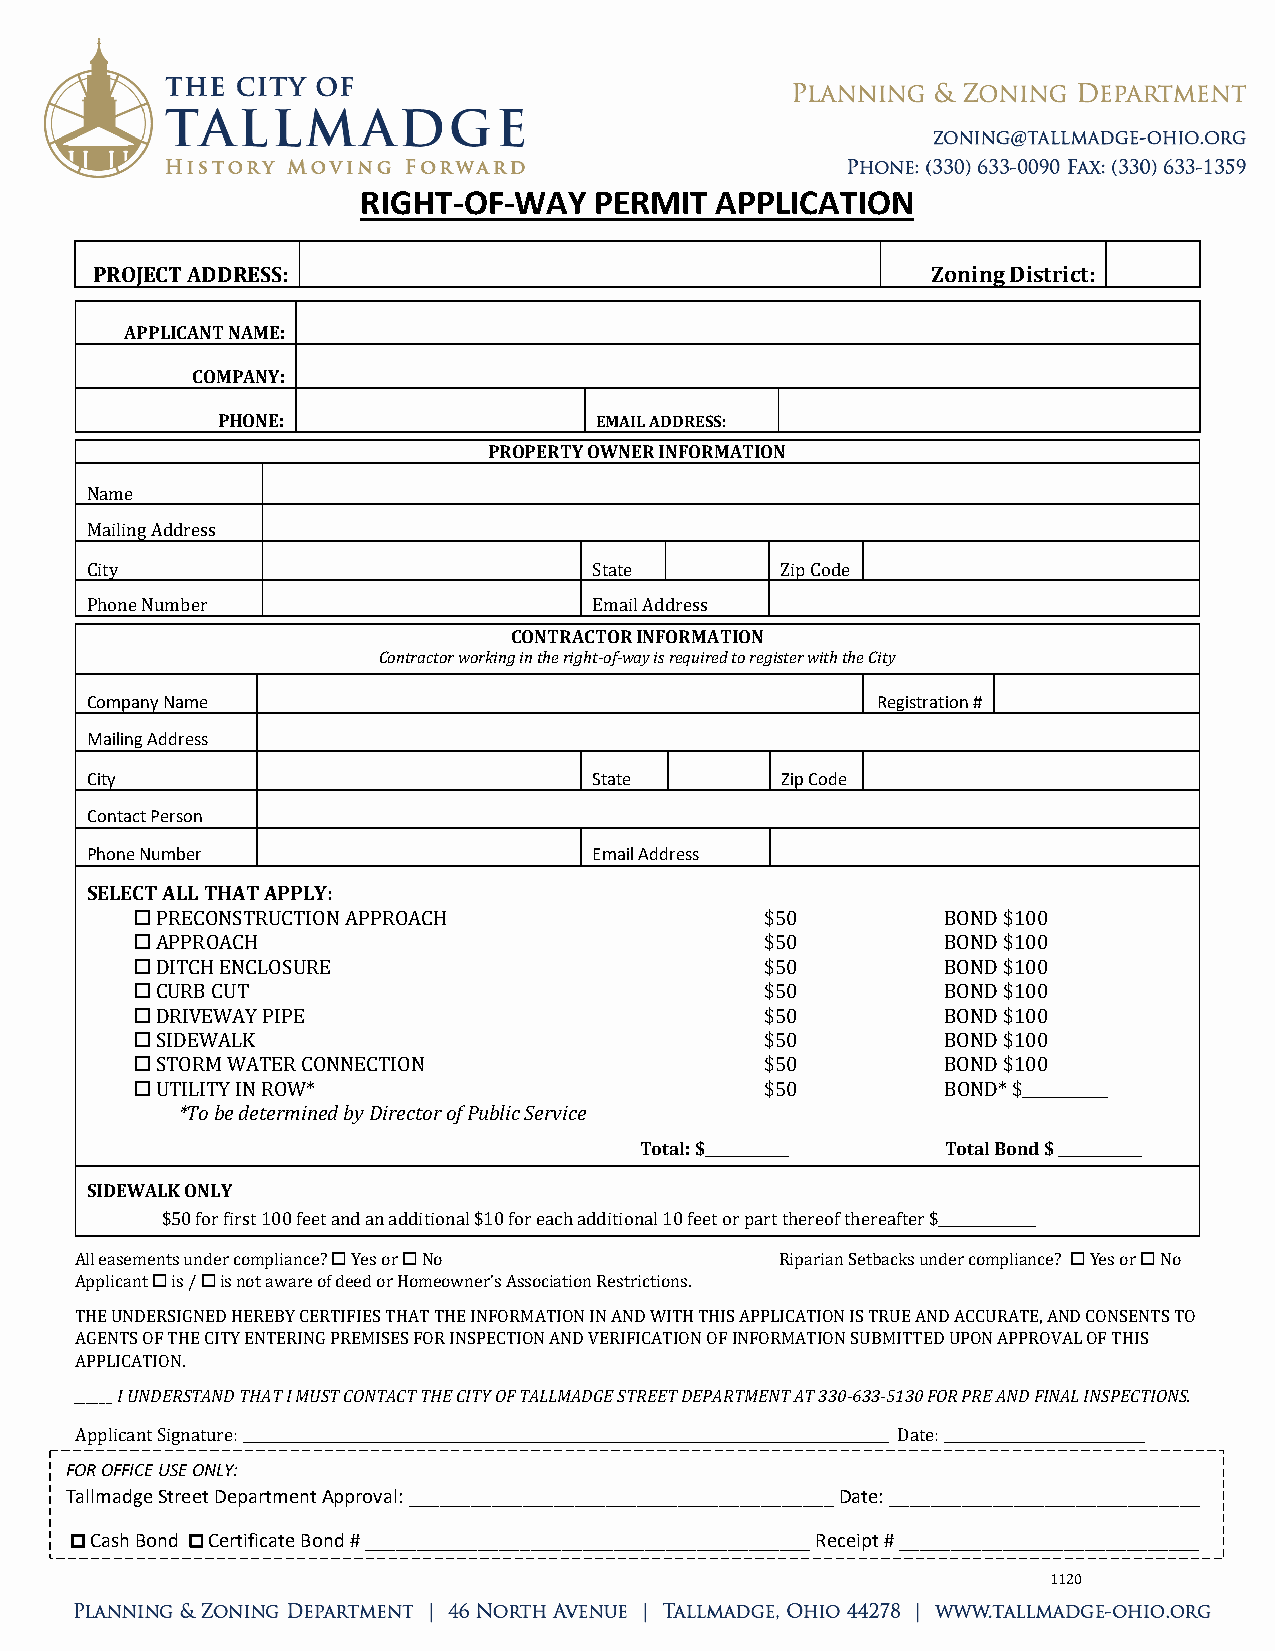
RIGHT-OF-WAY   PERMIT  APPLICATION
 PROJECT ADDRESS:                                        Zoning District:
 APPLICANT NAME:
 COMPANY:
 PHONE:                   EMAIL ADDRESS:
 PROPERTY OWNER INFORMATION
 Name
 Mailing Address
 City                             State        Zip Code
 CONTRACTOR INFORMATION
 Phone Number                     Email Address
 Contractor working in the right-of-way is required to register with the City
 Company Name                                        Registration #
 Mailing Address
 City                             State        Zip Code
 Contact Person
 Phone Number                     Email Address
 SELECT ALL THAT APPLY:
 
 
 PRECONSTRUCTION APPROACH                 $50         BOND $100
 APPROACH                                 $50         BOND $100
 DITCH ENCLOSURE                          $50         BOND $100
 CURB CUT                                 $50         BOND $100
 DRIVEWAY PIPE                            $50         BOND $100
 SIDEWALK                                 $50         BOND $100
 ST*OTRoM b eW dAeTteErRm CinOeNd NbEy CDTirIeOcNtor of Public Service $50 BOND $100
 UTILITY IN ROW*                          $50         BOND* $___________
 Total: $____________ Total Bond $ ____________
 SIDEWALK ONLY
 $50 for first 100 feet and an additional $10 for each additional 10 feet or part thereof thereafter $______________  
   
 All easements under compliance? Yes or No      Riparian Setbacks under compliance? Yes or No
 Applicant is / is not aware of deed or Homeowner’s Association Restrictions.
 THE UNDERSIGNED HEREBY CERTIFIES THAT THE INFORMATION IN AND WITH THIS APPLICATION IS TRUE AND ACCURATE, AND CONSENTS TO
 AGENTS OF THE CITY ENTERING PREMISES FOR INSPECTION AND VERIFICATION OF INFORMATION SUBMITTED UPON APPROVAL OF THIS
 _A_P__P_L_ IIC UANTDIOENR.S TAND THAT I MUST CONTACT THE CITY OF TALLMADGE STREET DEPARTMENT AT 330-633-5130 FOR PRE AND FINAL INSPECTIONS.
 FOARp pOliFcFaICnEt SUiSgEn aOtNuLreY:: _____________________________________________________________________________________________ Date: _____________________________
 Tallmadge Street Department Approval: _________________________________________ Date: ______________________________
 Cash Bond  Certificate Bond # ___________________________________________ Receipt # _____________________________
 1120